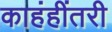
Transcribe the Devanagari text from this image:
काहंहींतरी